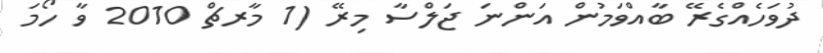
ދުވަހެއްގެރޭ ބާއްވަމުން އަންނަ ޖަލްސާ މިރޭ (1 މާރޗް 2010 ވާ ހޯމަ